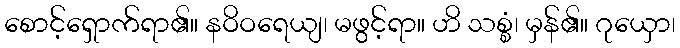
စောင့်ရှောက်ရာ၏။ နဝိဝရေယျ၊ မဖွင့်ရာ။ ဟိ သစ္စံ၊ မှန်၏။ ဂုယှော၊